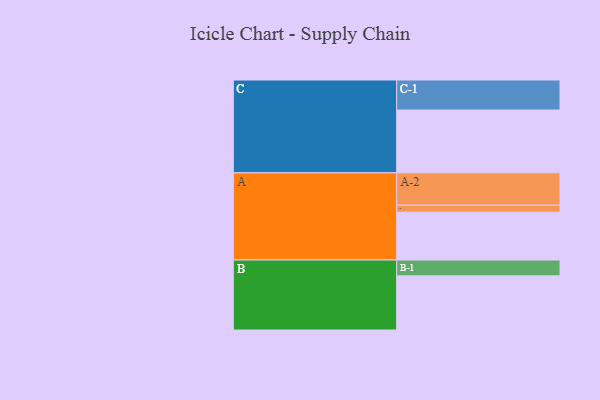
{"axis": {"x": "Segment", "y": "Value"}, "legend": ["", "A", "B", "C"], "data": [{"x": "A", "y": 373, "type": ""}, {"x": "B", "y": 422, "type": ""}, {"x": "C", "y": 489, "type": ""}, {"x": "A-1", "y": 54, "type": "A"}, {"x": "A-2", "y": 252, "type": "A"}, {"x": "B-1", "y": 123, "type": "B"}, {"x": "C-1", "y": 234, "type": "C"}]}